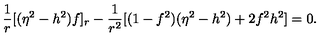
\frac { 1 } { r } [ ( \eta ^ { 2 } - h ^ { 2 } ) f ] _ { r } - \frac { 1 } { r ^ { 2 } } [ ( 1 - f ^ { 2 } ) ( \eta ^ { 2 } - h ^ { 2 } ) + 2 f ^ { 2 } h ^ { 2 } ] = 0 .